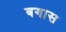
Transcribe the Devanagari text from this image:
बगास